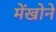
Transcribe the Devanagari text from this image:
मेंखोने